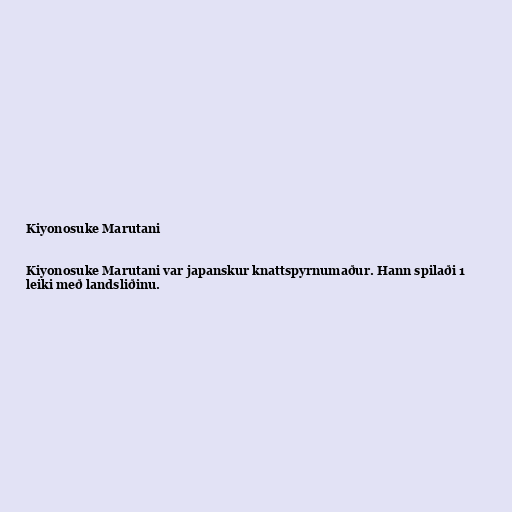
Kiyonosuke Marutani

Kiyonosuke Marutani var japanskur knattspyrnumaður. Hann spilaði 1
leiki með landsliðinu.